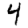
Digit: 4